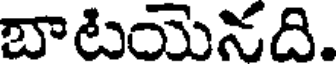
బాటయెనది.